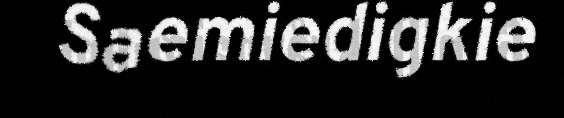
Saemiedigkie